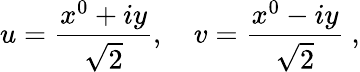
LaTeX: u={\frac{x^{0}+iy}{\sqrt{2}}},~~~~v={\frac{x^{0}-iy}{\sqrt{2}}}~,